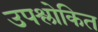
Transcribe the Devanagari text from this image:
उपश्लोकित